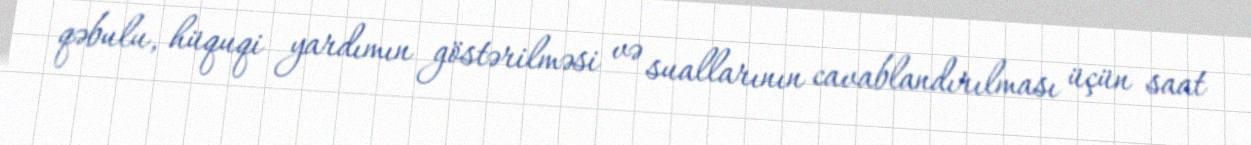
qəbulu, hüquqi yardımın göstərilməsi və suallarının cavablandırılması üçün saat